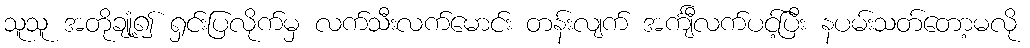
သူသူ အတိုချုံ့၍ ရှင်းပြလိုက်မှ လက်သီးလက်မောင်း တန်းလျက် အင်္ကျီလက်ပင့်ပြီး နပမ်းသတ်တော့မလို